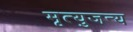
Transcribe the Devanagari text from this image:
मृत्युजन्य